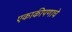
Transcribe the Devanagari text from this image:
एकाकीपणाचे